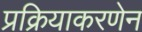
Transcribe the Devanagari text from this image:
प्रक्रियाकरणेन